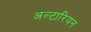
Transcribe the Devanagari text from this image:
अल्टारियन